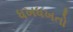
ધખધખતો